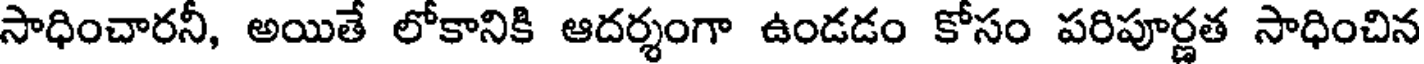
సాధించారనీ, అయితే లోకానికి ఆదర్శంగా ఉండడం కోసం పరిపూర్ణత సాధించిన